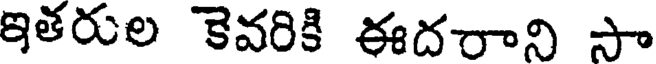
ఇతరుల కెవరికి ఈదరాని సా